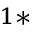
^ { 1 * }